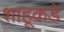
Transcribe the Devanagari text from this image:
शाहूकडे